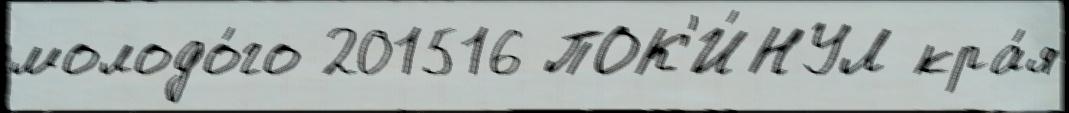
молодо́го 201516 ПОК'И́НУЛ кра́я